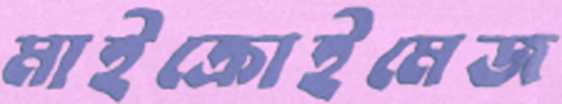
মাইক্রোইমেজ